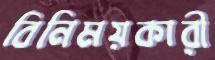
বিনিময়কারী